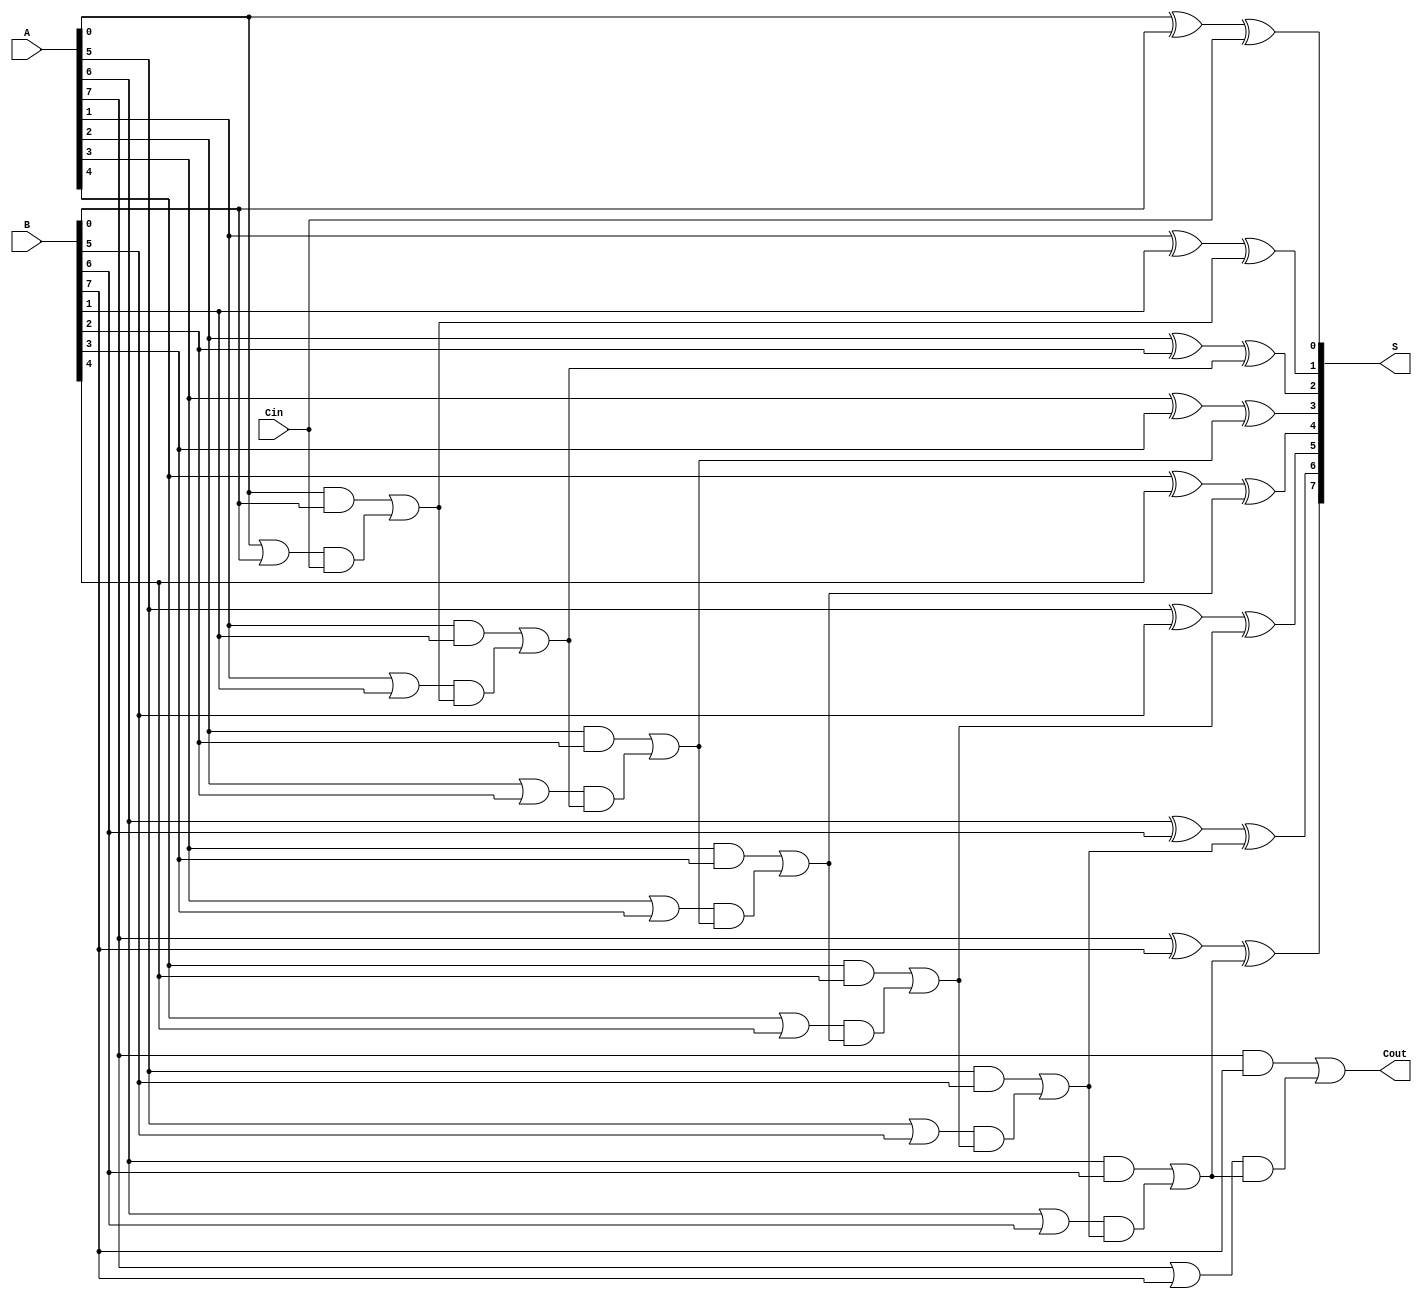
module ling_adder #(parameter n = 8) (
    input  [n-1:0] A,      // First n-bit input
    input  [n-1:0] B,      // Second n-bit input
    input         Cin,      // Carry input
    output [n-1:0] S,      // Sum output
    output        Cout      // Carry output
);

    wire [n:0] C;          // Carry signals
    wire [n-1:0] G;        // Generate signals
    wire [n-1:0] P;        // Propagate signals

    assign C[0] = Cin;     // Initial carry

    // Generate and Propagate logic
    genvar i;
    generate
        for (i = 0; i < n; i = i + 1) begin : gen_prop
            assign G[i] = A[i] & B[i];             // Generate
            assign P[i] = A[i] | B[i];             // Propagate
        end
    endgenerate

    // Carry generation using lookahead logic
    generate
        for (i = 1; i <= n; i = i + 1) begin : carry_gen
            assign C[i] = G[i-1] | (P[i-1] & C[i-1]);
        end
    endgenerate

    // Sum calculation
    generate
        for (i = 0; i < n; i = i + 1) begin : sum_calc
            assign S[i] = A[i] ^ B[i] ^ C[i];     // Sum
        end
    endgenerate

    // Final carry output
    assign Cout = C[n];                          // Final carry out

endmodule